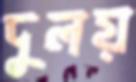
দুলয়